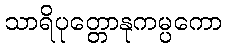
သာရိပုတ္တောနုကမ္ပကော